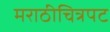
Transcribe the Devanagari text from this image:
मराठीचित्रपट